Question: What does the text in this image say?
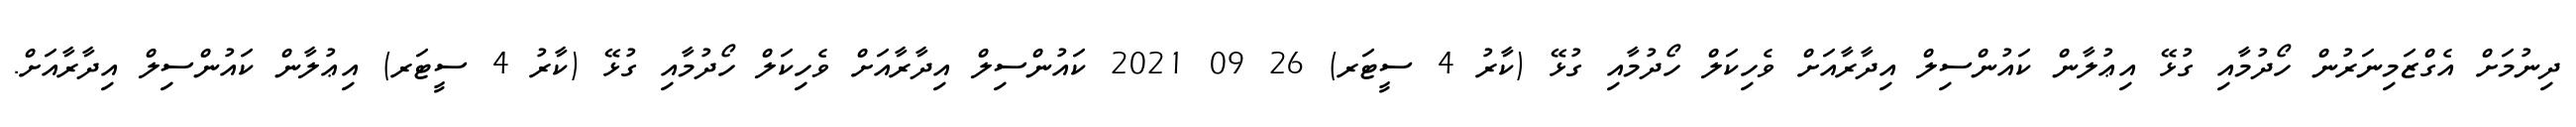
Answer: ދިނުމަށް އެގްޒަމިނަރުން ހޯދުމާއި ގުޅޭ އިޢުލާން ކައުންސިލް އިދާރާއަށް ވެހިކަލް ހޯދުމާއި ގުޅޭ (ކާރު 4 ސީޓަރ) 26 09 2021 ކައުންސިލް އިދާރާއަށް ވެހިކަލް ހޯދުމާއި ގުޅޭ (ކާރު 4 ސީޓަރ) އިޢުލާން ކައުންސިލް އިދާރާއަށް.